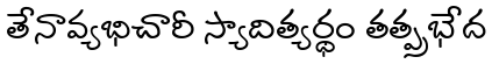
తేనావ్యభిచారీ స్యాదిత్యర్థం తత్ప్రభేద